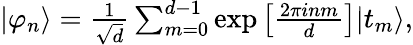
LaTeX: \begin{array}{r}{|\varphi_{n}\rangle=\frac{1}{\sqrt{d}}\sum_{m=0}^{d-1}\exp\left[\frac{2\pi inm}{d}\right]|t_{m}\rangle,}\end{array}